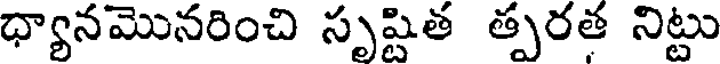
ధ్యానమొనరించి సృష్టిత త్పరత నిట్టు